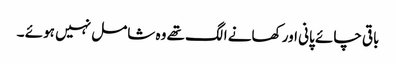
باقی چائے پانی اور کھانے الگ تھے وہ شامل نہیں ہوئے ۔